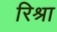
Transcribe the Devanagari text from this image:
रिश्रा